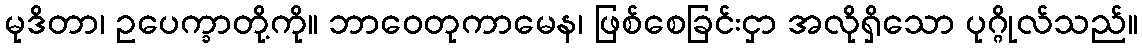
မုဒိတာ၊ ဥပေက္ခာတို့ကို။ ဘာဝေတုကာမေန၊ ဖြစ်စေခြင်းငှာ အလိုရှိသော ပုဂ္ဂိုလ်သည်။